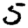
Digit: 5